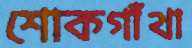
শোকগাঁথা